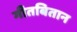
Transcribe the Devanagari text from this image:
गीतबितान